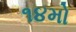
૧૪મો